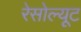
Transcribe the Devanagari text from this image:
रेसोल्यूट